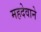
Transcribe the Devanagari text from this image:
महदेवाने